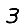
Digit: 3